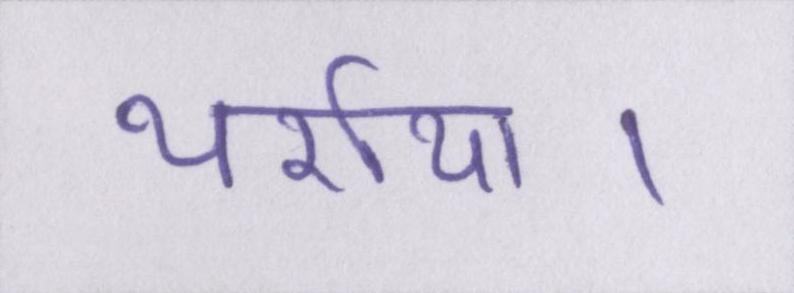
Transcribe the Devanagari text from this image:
थर्राया।